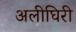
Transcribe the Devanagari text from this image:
अलीघिरी